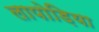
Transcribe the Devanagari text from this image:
लापोड़िया